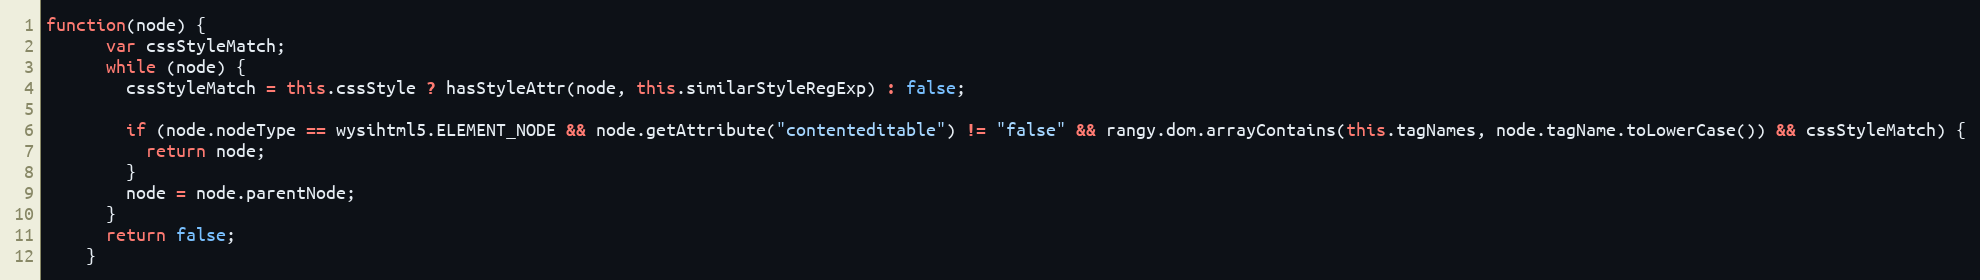
Language: JavaScript
function(node) {
      var cssStyleMatch;
      while (node) {
        cssStyleMatch = this.cssStyle ? hasStyleAttr(node, this.similarStyleRegExp) : false;

        if (node.nodeType == wysihtml5.ELEMENT_NODE && node.getAttribute("contenteditable") != "false" && rangy.dom.arrayContains(this.tagNames, node.tagName.toLowerCase()) && cssStyleMatch) {
          return node;
        }
        node = node.parentNode;
      }
      return false;
    }